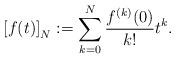
LaTeX: \begin{align*}\left[f(t)\right]_N:=\sum_{k=0}^N \frac{f^{(k)}(0)}{k!} t^k.\end{align*}